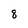
Character: 8